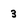
Character: 3